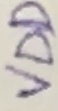
Text: VDD